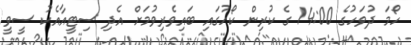
ހޯމަ ދުވަހުގެ 14:00 ގެ ކުރިން ކޯހުގައި ބައިވެރިވުމަށް އެދި ސިޓީއާއެކު ސީވީ